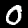
Digit: 0